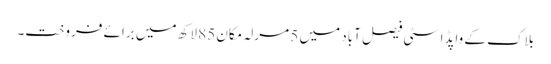
بلاک کے واپڈا سٹی فیصل آباد میں 5 مرلہ مکان 85 لاکھ میں برائے فروخت۔